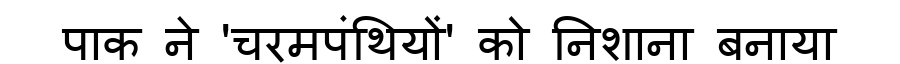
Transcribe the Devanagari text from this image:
पाक ने 'चरमपंथियों' को निशाना बनाया